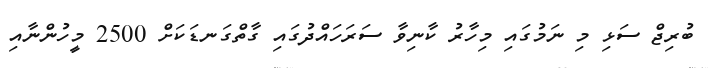
ބުރިޖް ސަޅި މި ނަމުގައި މިހާރު ކާނިވާ ސަރަހައްދުގައި ގާތްގަނޑަކަށް 2500 މީހުންނާއި